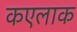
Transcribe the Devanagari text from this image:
कएलाक